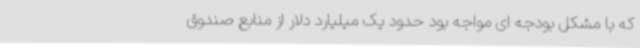
که با مشکل بودجه ای مواجه بود حدود یک میلیارد دلار از منابع صندوق